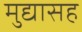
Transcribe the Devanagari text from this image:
मुद्यासह